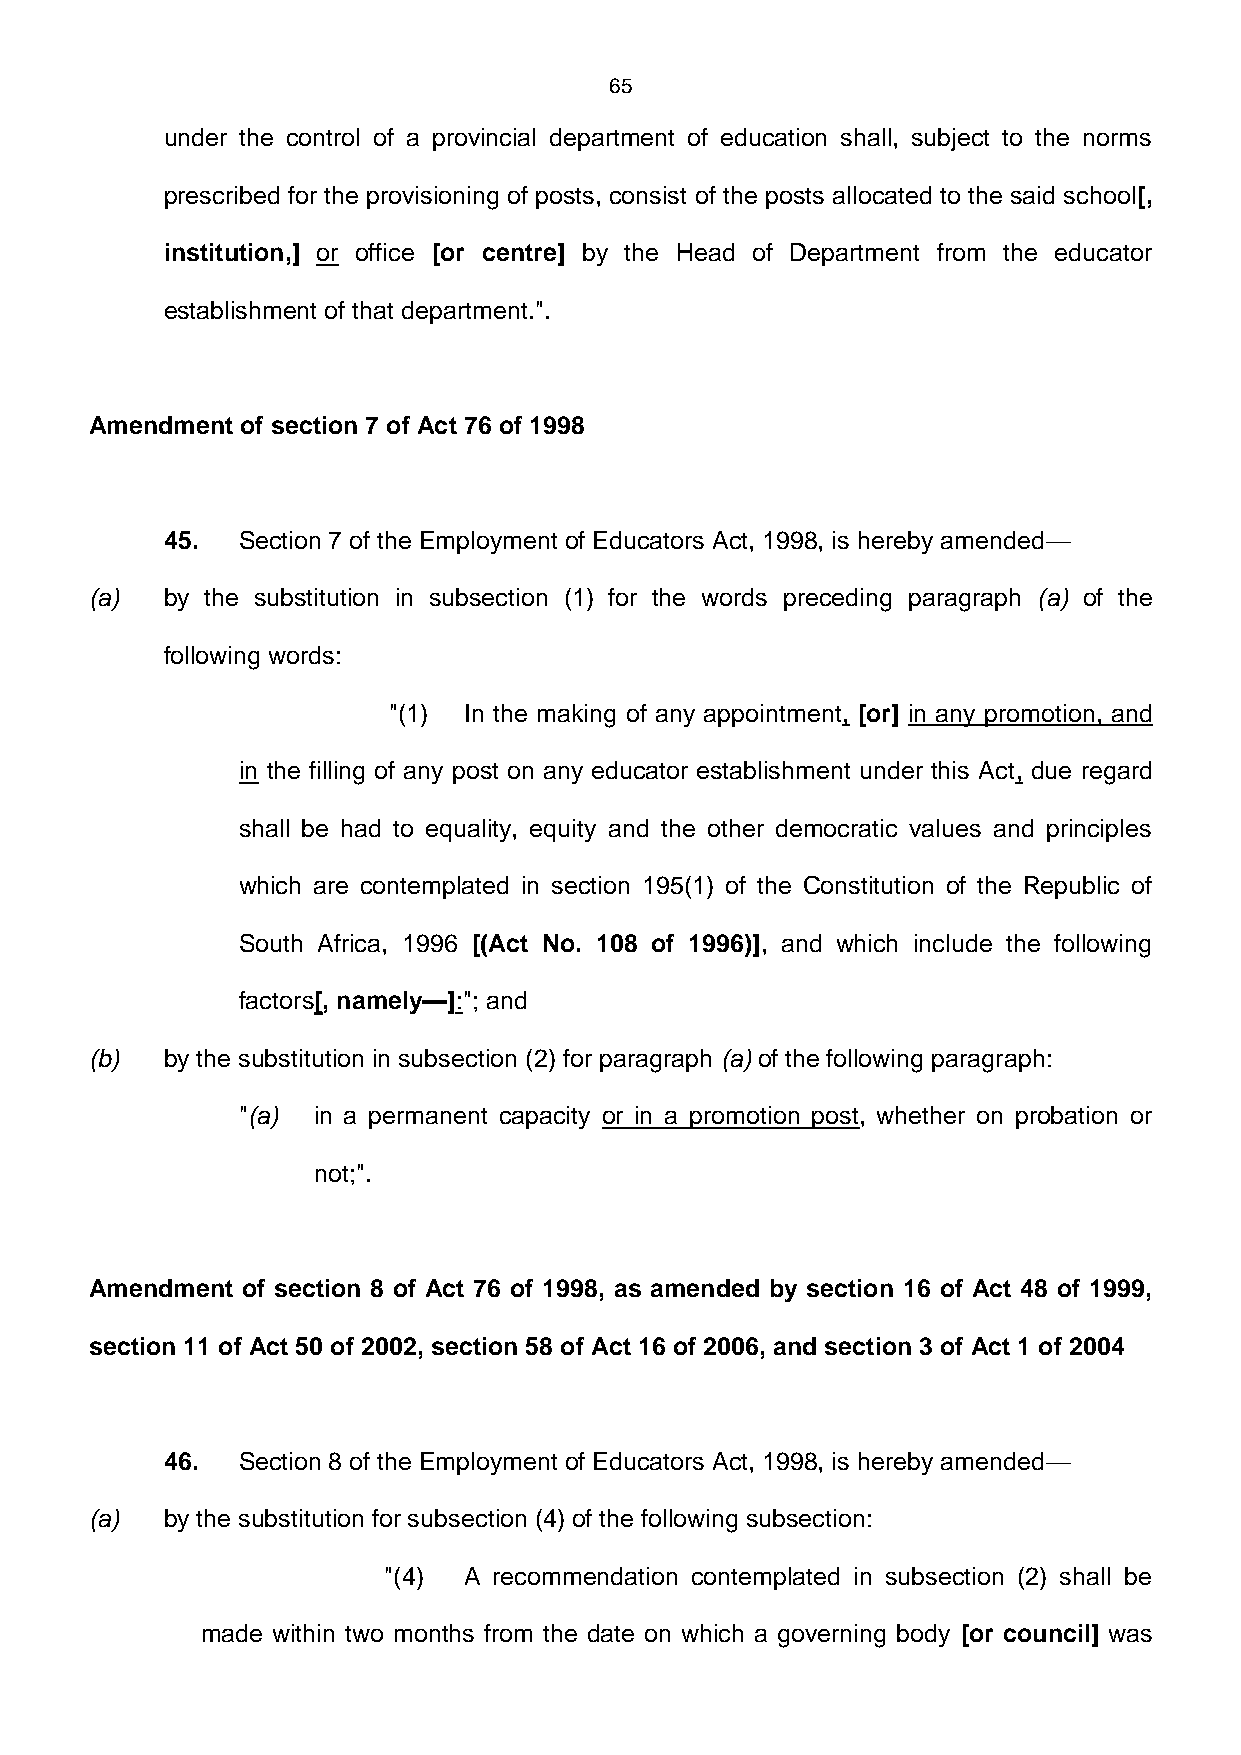
65
 under the control of a provincial department of education shall, subject to the norms
 prescribed for the provisioning of posts, consist of the posts allocated to the said school[,
 institution,] or office [or centre] by the Head of Department from the educator
 establishment of that department.".
 Amendment of section 7 of Act 76 of 1998
 45.  Section 7 of the Employment of Educators Act, 1998, is hereby amended—
 (a)  by the substitution in subsection (1) for the words preceding paragraph (a) of the
 following words:
 "(1) In the making of any appointment, [or] in any promotion, and
 in the filling of any post on any educator establishment under this Act, due regard
 shall be had to equality, equity and the other democratic values and principles
 which are contemplated in section 195(1) of the Constitution of the Republic of
 South Africa, 1996 [(Act No. 108 of 1996)], and which include the following
 factors[, namely—]:"; and
 (b)  by the substitution in subsection (2) for paragraph (a) of the following paragraph:
 "(a) in a permanent capacity or in a promotion post, whether on probation or
 not;".
 Amendment of section 8 of Act 76 of 1998, as amended by section 16 of Act 48 of 1999,
 section 11 of Act 50 of 2002, section 58 of Act 16 of 2006, and section 3 of Act 1 of 2004
 46.  Section 8 of the Employment of Educators Act, 1998, is hereby amended—
 (a)  by the substitution for subsection (4) of the following subsection:
 "(4)  A recommendation contemplated in subsection (2) shall be
 made within two months from the date on which a governing body [or council] was